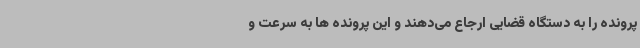
پرونده را به دستگاه قضایی ارجاع می‌دهند و این پرونده ها به سرعت و